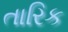
તારિક